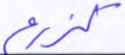
كزرع